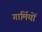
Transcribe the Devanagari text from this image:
गार्मियों